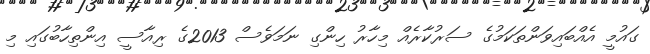
ގައުމީ އެއްބައިވަންތަކަމުގެ ސަރުކާރެއް މިހާރު ހިންގި ނަމަވެސް 2013ގެ ރިއާސީ އިންތިހާބުގައި މި